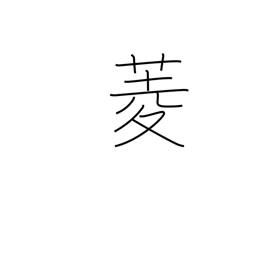
Meaning: diamond (shape)